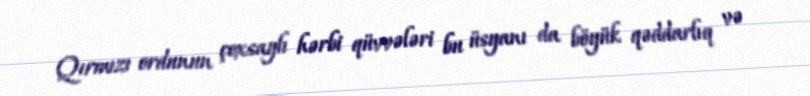
Qırmızı ordunun çoxsaylı hərbi qüvvələri bu üsyanı da böyük qəddarlıq və